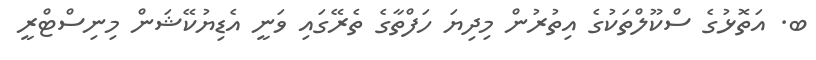
ބ. އަތޮޅުގެ ސްކޫލްތަކުގެ އިތުރުން މިދިޔަ ހަފްތާގެ ތެރޭގައި ވަނީ އެޑިޔުކޭޝަން މިނިސްޓްރީ